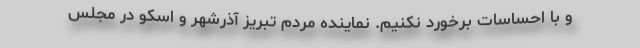
و با احساسات برخورد نکنیم. نماینده مردم تبریز آذرشهر و اسکو در مجلس